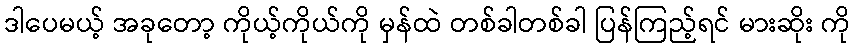
ဒါပေမယ့် အခုတော့ ကိုယ့်ကိုယ်ကို မှန်ထဲ တစ်ခါတစ်ခါ ပြန်ကြည့်ရင် မားဆိုး ကို